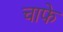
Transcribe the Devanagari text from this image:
चाफे